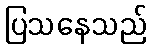
ပြသနေသည်